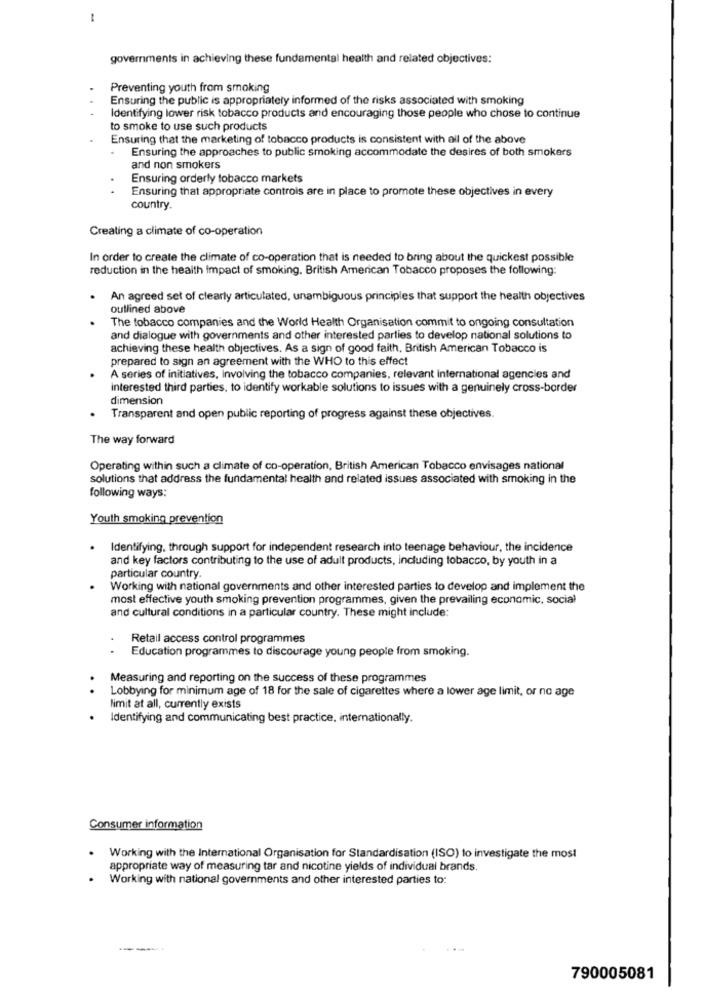
-
governments in achieving these fundamental health and related objectives:
Preventing youth from smoking
Ensuring the public is appropriately informed of the risks associated with smoking
Identifying lower risk tobacco products and encouraging those people who chose to continue
to smoke to use such products
Ensuring that the marketing of tobacco products is consistent with all of the above
Ensuring the approaches to public smoking accommodate the desires of both smokers
and non smokers
Ensuring orderly tobacco markets
..
Ensuring that appropriate controls are in place to promote these objectives in every
country.
Creating a climate of co-operation
In order to create the climate of co-operation that is needed to bring about the quickest possible
reduction in the health Impact of smoking. British American Tobacco proposes the following:
An agreed set of clearly articulated, unambiguous principles that support the health objectives
outlined above
The tobacco companies and the World Health Organisation commit to ongoing consultation
and dialogue with governments and other interested parties to develop national solutions to
achieving these health objectives. As a sign of good faith, British American Tobacco is
prepared to sign an agreement with the WHO to this effect
A series of initiatives, Involving the tobacco companies, relevant international agencies and
interested third parties, to identify workable solutions to issues with a genuinely cross-border
dimension
Transparent and open public reporting of progress against these objectives.
The way forward
Operating within such a climate of co-operation, British American Tobacco envisages national
solutions that address the fundamental health and related issues associated with smoking in the
following ways:
Youth smoking prevention
Identifying, through support for independent research into teenage behaviour, the incidence
and key factors contributing to the use of adult products, including tobacco, by youth in a
particular country.
Working with national governments and other interested parties to develop and implement the
most effective youth smoking prevention programmes, given the prevailing economic, social
and cultural conditions in a particular country. These might include:
Retail access control programmes
..
Education programmes to discourage young people from smoking.
Measuring and reporting on the success of these programmes
Lobbying for minimum age of 18 for the sale of cigarettes where a lower age limit, or no age
limit at all, currently exists
Identifying and communicating best practice, internationally.
Consumer information
.
Working with the International Organisation for Standardisation (ISO) to investigate the most
appropriate way of measuring tar and nicotine yields of individual brands
Working with national governments and other interested parties to:
790005081